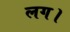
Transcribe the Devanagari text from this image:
लग।